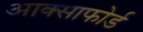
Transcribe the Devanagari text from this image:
आक्साफोर्ड